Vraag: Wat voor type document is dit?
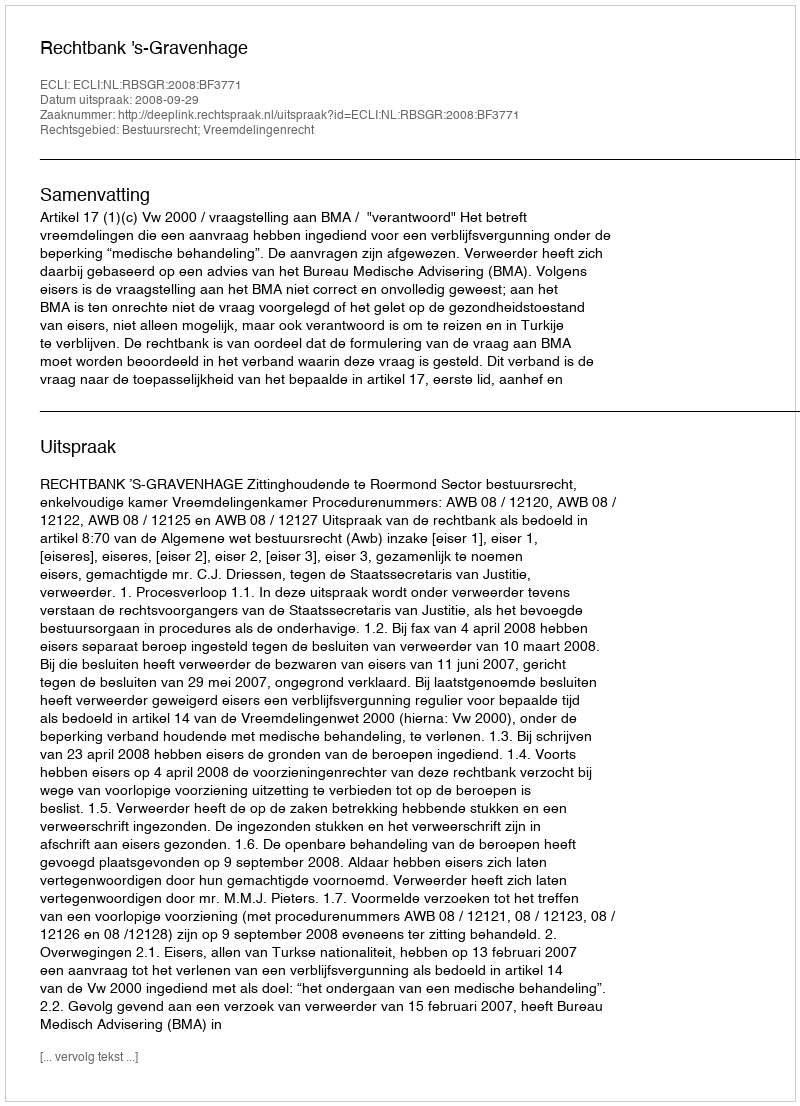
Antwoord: Uitspraak